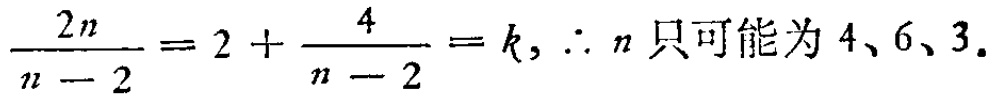
$\frac{2n}{n - 2}=2+\frac{4}{n - 2}=k,\therefore n\text{ 只可能为 }4、6、3.$